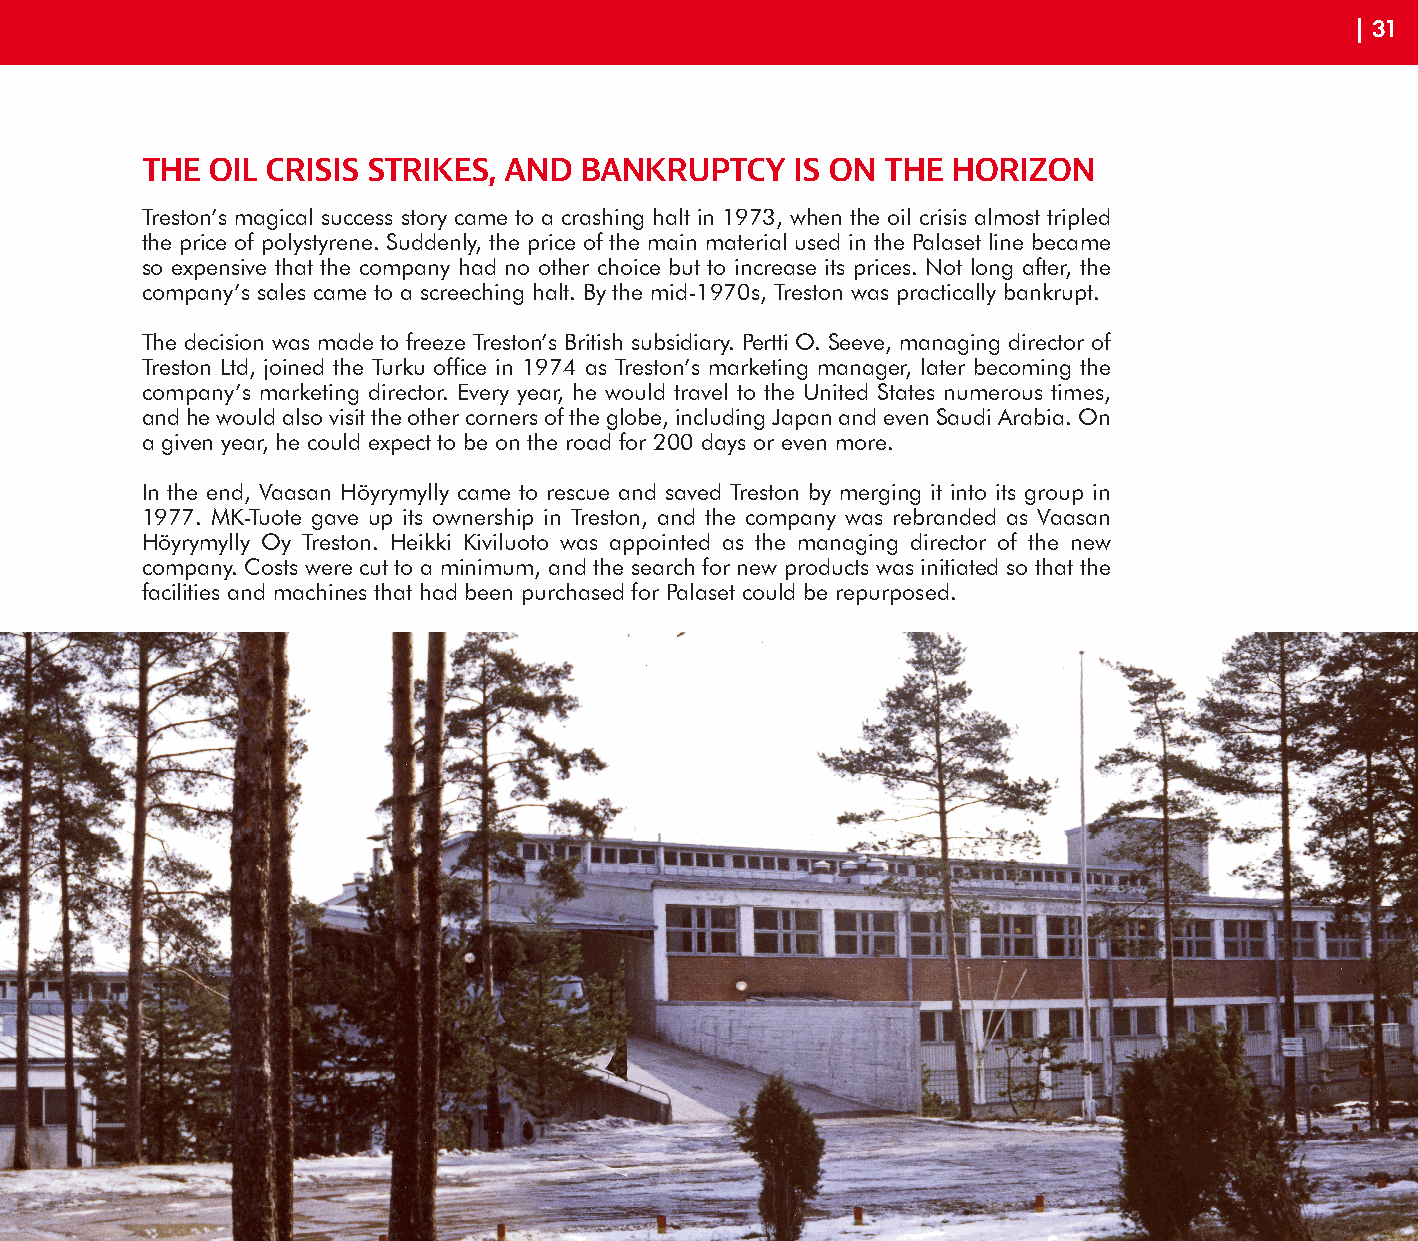
| 31
 THE  OIL CRISIS STRIKES, AND BANKRUPTCY     IS ON THE HORIZON
 Treston’s magical success story came to a crashing halt in 1973, when the oil crisis almost tripled
 the price of polystyrene. Suddenly, the price of the main material used in the Palaset line became
 so expensive that the company had no other choice but to increase its prices. Not long after, the
 company’s sales came to a screeching halt. By the mid-1970s, Treston was practically bankrupt.
 The decision was made to freeze Treston’s British subsidiary. Pertti O. Seeve, managing director of
 Treston Ltd, joined the Turku office in 1974 as Treston’s marketing manager, later becoming the
 company’s marketing director. Every year, he would travel to the United States numerous times,
 and he would also visit the other corners of the globe, including Japan and even Saudi Arabia. On
 a given year, he could expect to be on the road for 200 days or even more.
 In the end, Vaasan Höyrymylly came to rescue and saved Treston by merging it into its group in
 1977. MK-Tuote gave up its ownership in Treston, and the company was rebranded as Vaasan
 Höyrymylly Oy Treston. Heikki Kiviluoto was appointed as the managing director of the new
 company. Costs were cut to a minimum, and the search for new products was initiated so that the
 facilities and machines that had been purchased for Palaset could be repurposed.